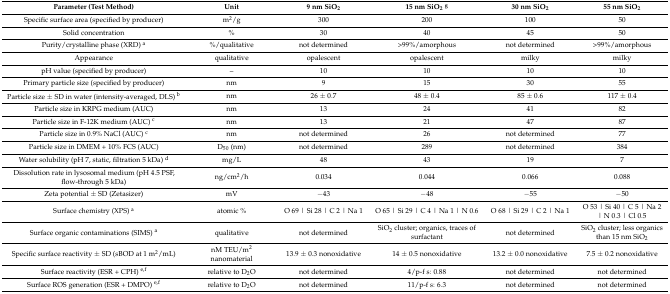
<table><thead><tr><td><b>Parameter (Test Method)</b></td><td><b>Unit</b></td><td><b>9 nm SiO<sub>2</sub></b></td><td><b>15 nm SiO<sub>2</sub><sup>g</sup></b></td><td><b>30 nm SiO<sub>2</sub></b></td><td><b>55 nm SiO<sub>2</sub></b></td></tr></thead><tbody><tr><td>Specific surface area (specified by producer)</td><td>m<sup>2</sup>/g</td><td>300</td><td>200</td><td>100</td><td>50</td></tr><tr><td>Solid concentration</td><td>%</td><td>30</td><td>40</td><td>45</td><td>50</td></tr><tr><td>Purity/crystalline phase (XRD) <sup>a</sup></td><td>%/qualitative</td><td>not determined</td><td>&gt;99%/amorphous</td><td>not determined</td><td>&gt;99%/amorphous</td></tr><tr><td>Appearance</td><td>qualitative</td><td>opalescent</td><td>opalescent</td><td>milky</td><td>milky</td></tr><tr><td>pH value (specified by producer)</td><td>–</td><td>10</td><td>10</td><td>10</td><td>10</td></tr><tr><td>Primary particle size (specified by producer)</td><td>nm</td><td>9</td><td>15</td><td>30</td><td>55</td></tr><tr><td>Particle size ± SD in water (intensity-averaged, DLS) <sup>b</sup></td><td>nm</td><td>26 ± 0.7</td><td>48 ± 0.4</td><td>85 ± 0.6</td><td>117 ± 0.4</td></tr><tr><td>Particle size in KRPG medium (AUC)</td><td>nm</td><td>13</td><td>24</td><td>41</td><td>82</td></tr><tr><td>Particle size in F-12K medium (AUC) <sup>c</sup></td><td>nm</td><td>13</td><td>21</td><td>47</td><td>87</td></tr><tr><td>Particle size in 0.9% NaCl (AUC) <sup>c</sup></td><td>nm</td><td>not determined</td><td>26</td><td>not determined</td><td>77</td></tr><tr><td>Particle size in DMEM + 10% FCS (AUC)</td><td>D<sub>50</sub> (nm)</td><td>not determined</td><td>289</td><td>not determined</td><td>384</td></tr><tr><td>Water solubility (pH 7, static, filtration 5 kDa) <sup>d</sup></td><td>mg/L</td><td>48</td><td>43</td><td>19</td><td>7</td></tr><tr><td>Dissolution rate in lysosomal medium (pH 4.5 PSF, flow-through 5 kDa)</td><td>ng/cm2/h</td><td>0.034</td><td>0.044</td><td>0.066</td><td>0.088</td></tr><tr><td>Zeta potential ± SD (Zetasizer)</td><td>mV</td><td>−43</td><td>−48</td><td>−55</td><td>−50</td></tr><tr><td>Surface chemistry (XPS) <sup>a</sup></td><td>atomic %</td><td>O 69 | Si 28 | C 2 | Na 1</td><td>O 65 | Si 29 | C 4 | Na 1 | N 0.6</td><td>O 68 | Si 29 | C 2 | Na 1</td><td>O 53 | Si 40 | C 5 | Na 2 | N 0.3 | Cl 0.5</td></tr><tr><td>Surface organic contaminations (SIMS) <sup>a</sup></td><td>qualitative</td><td>not determined</td><td>SiO<sub>2</sub> cluster; organics, traces of surfactant</td><td>not determined</td><td>SiO<sub>2</sub> cluster; less organics than 15 nm SiO<sub>2</sub></td></tr><tr><td>Specific surface reactivity ± SD (sBOD at 1 m2/mL)</td><td>nM TEU/m2 nanomaterial</td><td>13.9 ± 0.3 nonoxidative</td><td>14 ± 0.5 nonoxidative</td><td>13.2 ± 0.0 nonoxidative</td><td>7.5 ± 0.2 nonoxidative</td></tr><tr><td>Surface reactivity (ESR + CPH) <sup>e,f</sup></td><td>relative to D<sub>2</sub>O</td><td>not determined</td><td>4/p-f s: 0.88</td><td>not determined</td><td>not determined</td></tr><tr><td>Surface ROS generation (ESR + DMPO) <sup>e,f</sup></td><td>relative to D<sub>2</sub>O</td><td>not determined</td><td>11/p-f s: 6.3</td><td>not determined</td><td>not determined</td></tr></tbody></table>